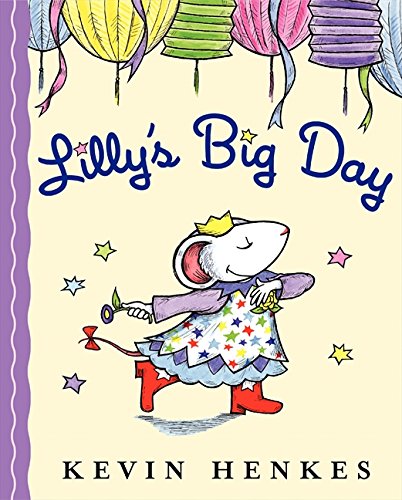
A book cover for Lilly's Big Day; Kevin Henkes; Children's Books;